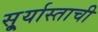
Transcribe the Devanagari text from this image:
सू्र्यास्ताची